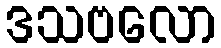
ဒသဗလော